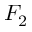
F _ { 2 }